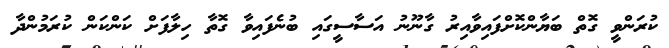
ކުރަންވީ ގޮތް ބަޔާންކޮށްފައިވާއިރު ގާނޫނު އަސާސީގައި ބުނެފައިވާ ގޮތާ ހިލާފަށް ކަންކަން ކުރަމުންދާ